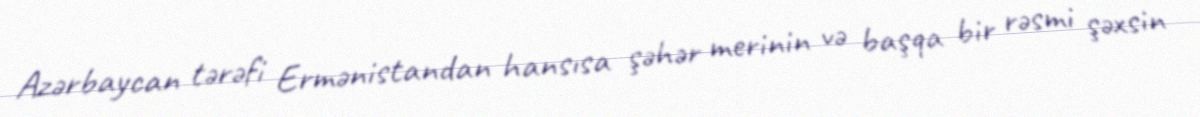
Azərbaycan tərəfi Ermənistandan hansısa şəhər merinin və başqa bir rəsmi şəxsin